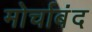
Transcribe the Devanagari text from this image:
मोर्चाबंद